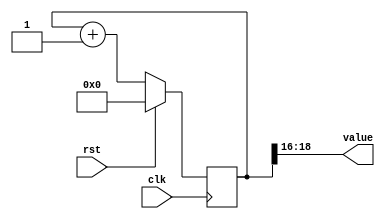
module counter_23 (
    input clk,
    input rst,
    output reg [2:0] value
  );
  
  localparam SIZE = 2'h3;
  localparam DIV = 5'h10;
  localparam TOP = 4'hf;
  localparam UP = 1'h1;
  
  
  reg [18:0] M_ctr_d, M_ctr_q = 1'h0;
  
  localparam MAX_VALUE = 20'hfffff;
  
  always @* begin
    M_ctr_d = M_ctr_q;
    
    value = M_ctr_q[16+2-:3];
    if (1'h1) begin
      M_ctr_d = M_ctr_q + 1'h1;
      if (1'h1 && M_ctr_q == 20'hfffff) begin
        M_ctr_d = 1'h0;
      end
    end else begin
      M_ctr_d = M_ctr_q - 1'h1;
      if (1'h1 && M_ctr_q == 1'h0) begin
        M_ctr_d = 20'hfffff;
      end
    end
  end
  
  always @(posedge clk) begin
    if (rst == 1'b1) begin
      M_ctr_q <= 1'h0;
    end else begin
      M_ctr_q <= M_ctr_d;
    end
  end
  
endmodule